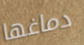
دماغها